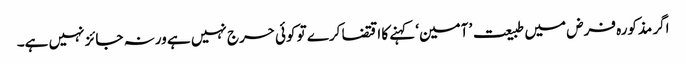
اگر مذکورہ فرض میں طبیعت ’ آمین‘ کہنے کا اقتضا کرے تو کوئی حرج نہیں ہے ورنہ جائز نہیں ہے۔